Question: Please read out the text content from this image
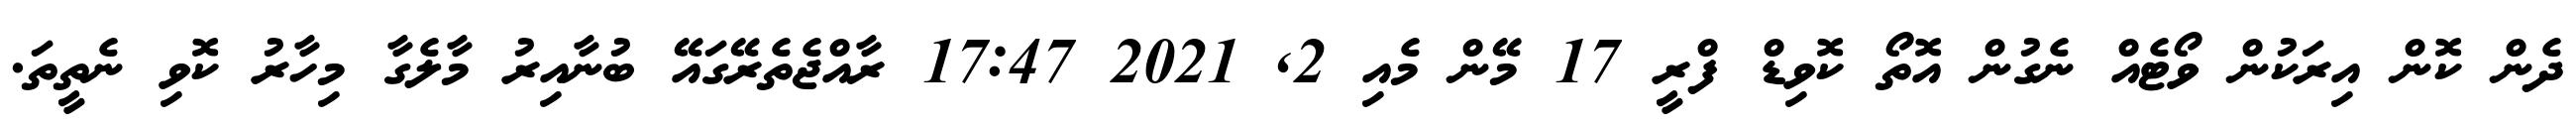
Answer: ދެން ކޮން އިރަކުން ވޯޓެއް ނެގުން އޮތޯ ކޮވިޑް ފްރީ 17 މޭން މެއި 2, 2021 17:47 ރާއްޖެތެރޭގައޭ ބުނާއިރު މާލެގާ މިހާރު ކޮވި ނެތީތަ.